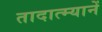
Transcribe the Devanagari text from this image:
तादात्म्यानें